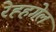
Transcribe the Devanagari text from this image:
रेह्हगेल